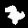
Digit: 7